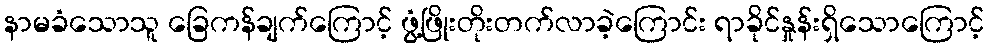
နာမခံသောသူ ခြေကန်ချက်ကြောင့် ဖွံ့ဖြိုးတိုးတက်လာခဲ့ကြောင်း ရာခိုင်နှုန်းရှိသောကြောင့်